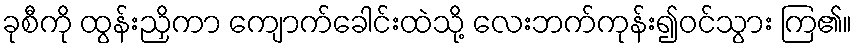
ခုစီကို ထွန်းညှိကာ ကျောက်ခေါင်းထဲသို့ လေးဘက်ကုန်း၍ဝင်သွား ကြ၏။